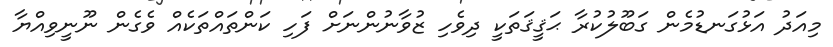
މިއަދު އަޅުގަނޑުމެން ގަބޫލުކުރާ ޙަޤީޤަތަކީ ދިވެހި ޒުވާނުންނަށް ފަހި ކަންތައްތަކެއް ވެގެން ނޫނީވިއްޔާ